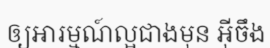
ឲ្យអារម្មណ៍ល្អជាងមុន អ៊ីចឹង